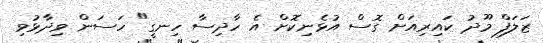
ޒަލަފް މޫދު ކައިރިއަށް ގޮސް އުޅެނިކޮށް އެ ހާދިސާ ހިނގީ" ހަސަން ވިދާޅުވި